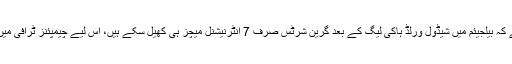
ادھر پاکستان ٹیم کے چیف کوچ خواجہ محمد جنید کا کہنا ہے کہ بیلجیئم میں شیڈول ورلڈ ہاکی لیگ کے بعد گرین شرٹس صرف 7 انٹرنیشنل میچز ہی کھیل سکے ہیں، اس لیے چیمپئنز ٹرافی میں کسی بڑے نتائج کے حوالے سے کچھ کہنا قبل ازوقت ہوگا۔